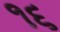
૧૬